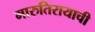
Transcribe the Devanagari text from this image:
मारुतिरायाची